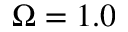
\Omega = 1 . 0